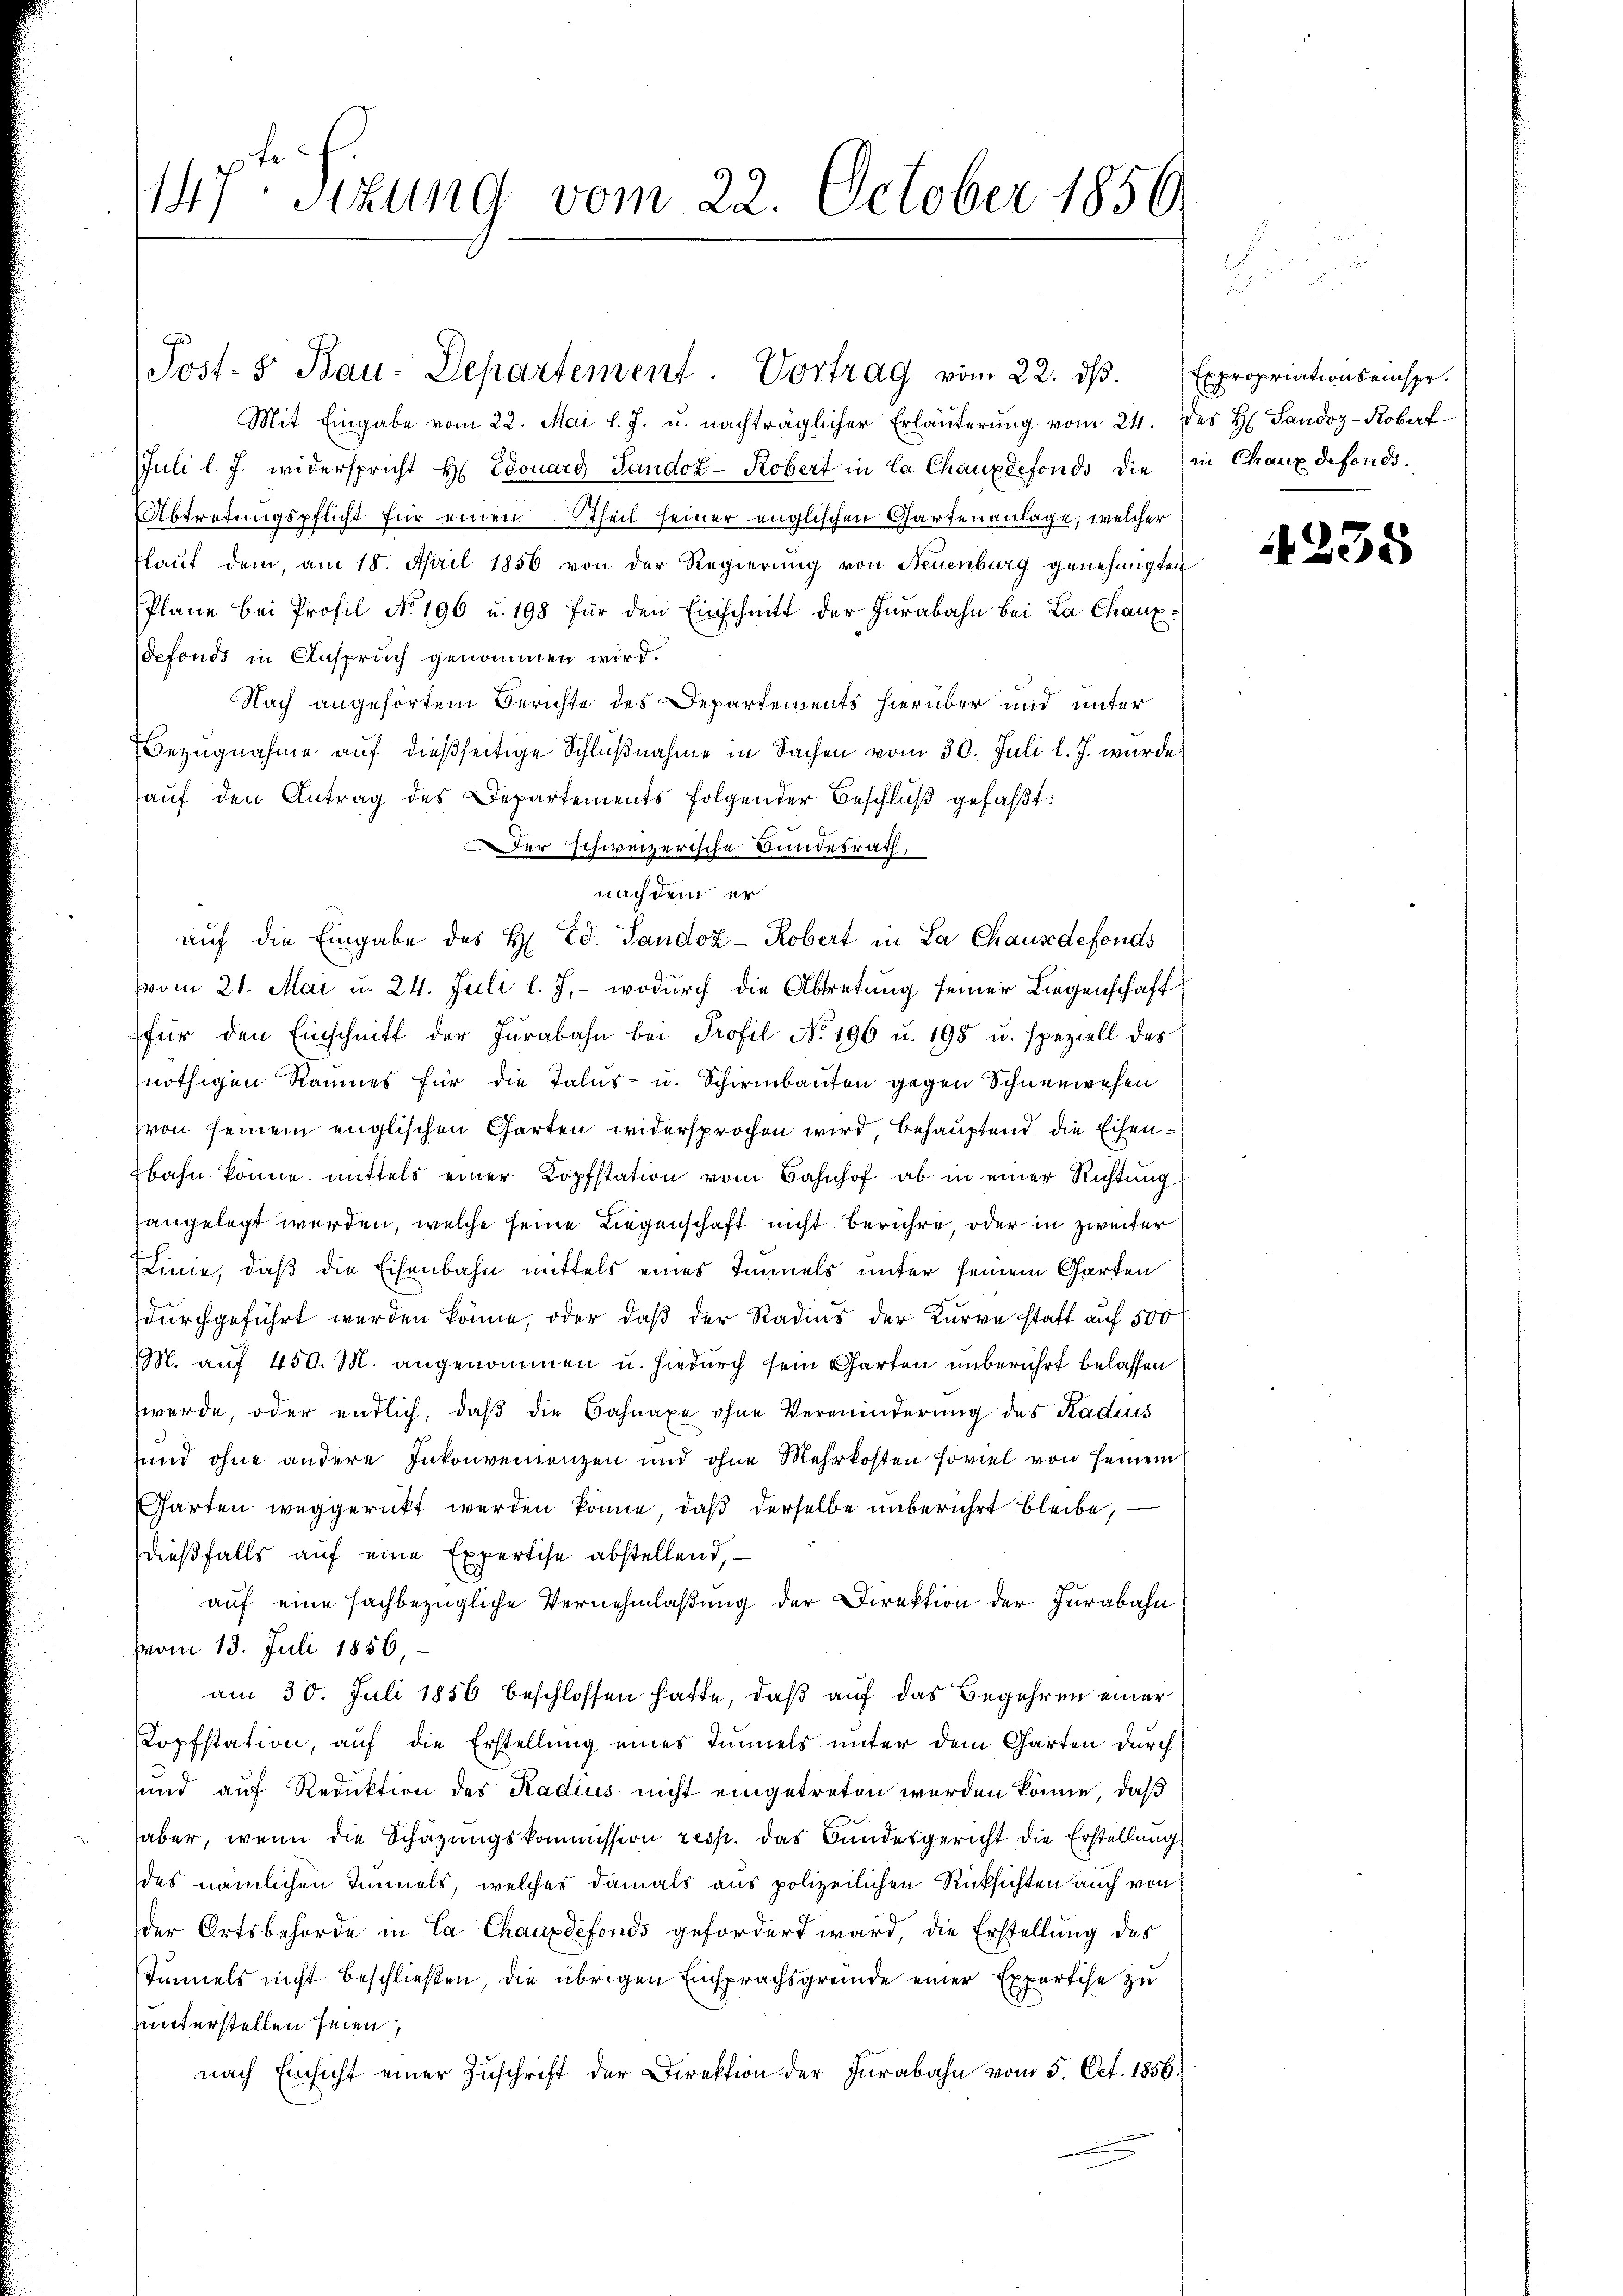
14ten Sizung vom 22. October 1850.

Post- & Bau-Departement. Vortrag vom 22. dβ. Expropriationseinspr.
Mit Eingabe vom 22. Mai l. J. u. nachträglicher Erläuterung vom 24. des H. Sandoz-Koberf
Juli l. J. widerspricht H. Edouard Sandoz-Kobert in Ca Chauxdefonds die in Chaux defonds¬
Abtretungspflicht für einen theil seiner englischen Gartenanlage, welcher
laŭt dem, am 18. April 1856 von der Regierŭng von Neuenburg genehmigten
Plane bei Profil No 196 u. 198 für den Einschnitt der Jurabahn bei La Chaux-
defonds in Anspruch genommen wird.
Nach angehörtem Berichte des Departements hierüber und unter
Bezugnahme auf dießseitige Schlußnahme in Sachen vom 30. Juli l. J. wurde
aŭf den Antrag des Departements folgender Beschlŭβ gefaßt:
Der schweizerische Bundesrath,
nach dem er
auf die Eingabe des H. Ed. Tandoz - Robert in La Chausdefonds
vom 21. Mai u. 24. Juli l. J. wodurch die Abtretung seiner Liegenschaft
für den Einschnitt der Jurabahn bei Profil No 196 u. 198 u. speziell des
nöthigen Raumes für die Talus- u. Schirmbauten gegen Schneewehen
von seinem englischen Charten widersprochen wird, behauptend die Eisenbahn könne mittels einer Kopfstation vom Bahnhof ab in einer Richtung
zangelegt werden, welche seine Liegenschaft nicht berühre, oder in zweiter
Linie, daß die Eisenbahn mittels eines Immels unter seinem Garten
durchgeführt werden könne, oder daß der Radius der Kurve statt auf 500
M. auf 450. M. angenommen u. hiedurch sein Garten unberührt belassen
werde, oder endlich, daß die Bahnaxe ohne Verminderung des Radius
und ohne andere Inkonvenienzen und ohne Mehrkosten soviel von seinem
Garten weggerückt werden könne, daß derselbe unberührt bleibe,
dießfalls auf eine Expertise abstellend,
auf eine sachbezügliche Vernehmlaßung der Direktion der Furabahn
vom 13. Juli 1856,
am 30. Juli 1856 beschlossen hatte, daß auf das Begehren einer
Kopfstation, auf die Erstellung eines Tunnels unter dem Garten durch
und auf Reduktion des Radius nicht eingetreten werden könne, daß
haber, wenn die Schätzungskommission resp. das Bundesgericht die Erstellung
des nämlichen Immels, welches damals aus polizeilichen Rücksichten auch von
der Ortsbehörde in La Chauxdefonds gefordert ward, die Erstellung des
stimmels nicht beschließen, die übrigen Einsprachsgreide einer Expertise zu
unterstellen seien;
nach Einsicht einer Zŭschrift der Direktion der Jurabahn vom 5. Oct. 1856.

4235